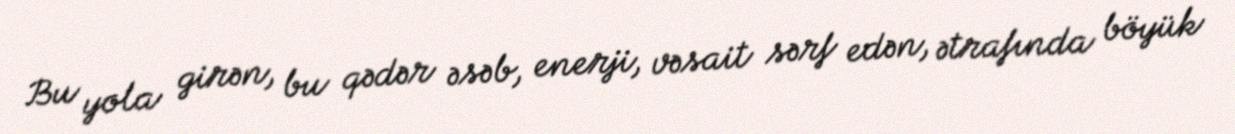
Bu yola girən, bu qədər əsəb, enerji, vəsait sərf edən, ətrafında böyük